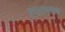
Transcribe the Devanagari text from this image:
इस्त्रायलचा